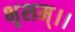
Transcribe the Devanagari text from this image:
भृशम्।।